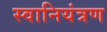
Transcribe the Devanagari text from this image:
स्वानियंत्रण